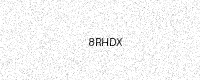
Text: 8RHDX